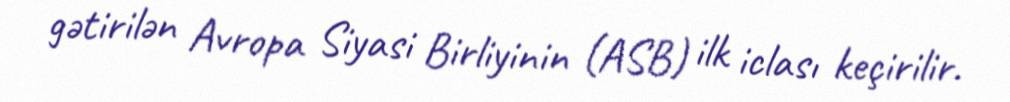
gətirilən Avropa Siyasi Birliyinin (ASB) ilk iclası keçirilir.